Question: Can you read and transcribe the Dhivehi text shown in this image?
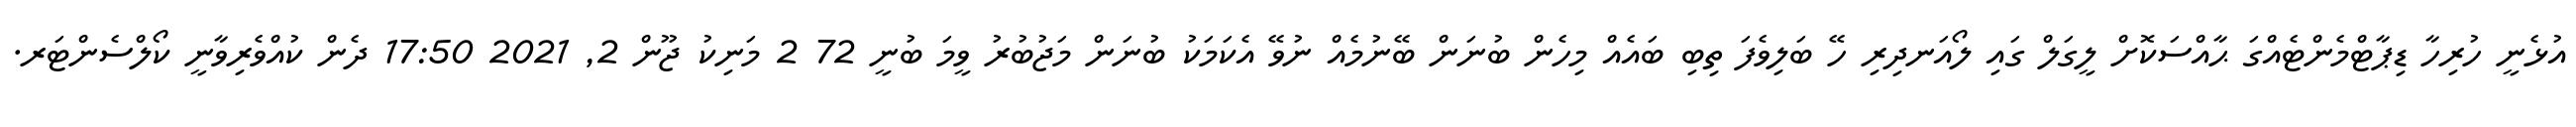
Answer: އުޅެނީ ހުރިހާ ޑިޕާޓްމެންޓެއްގަ ޙާއްސަކޮށް ލީގަލް ގައި ލޯއަނދިރި ހޭ ބަލިވެފަ ތިބި ބައެއް މިހެން ބުނަން ބޭނުމެއް ނުވޭ އެކަމަކު ބުނަން މަޖުބުރު ވީމަ ބުނީ 72 2 މަނިކު ޖޫން 2, 2021 17:50 ދެން ކުއްވެރިވާނީ ކޯލްސެންޓަރ.